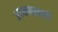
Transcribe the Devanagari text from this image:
अन्यायाखाली